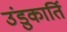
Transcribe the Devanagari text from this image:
उंडुकार्ति